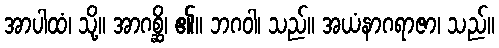
အာပါထံ၊ သို့။ အာဂစ္ဆိ၊ ၏။ ဘဂဝါ၊ သည်။ အယံနာဂရာဇာ၊ သည်။